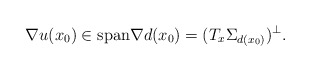
\begin{align*}\nabla u (x_{0}) \in \mathrm{span}{\nabla d (x_{0})} = (T_{x}\Sigma_{d(x_{0})})^{\perp}.\end{align*}